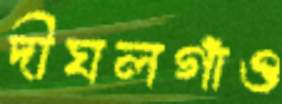
দীঘলগাঁও